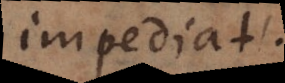
impediat.